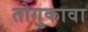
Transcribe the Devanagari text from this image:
तोगुकावा